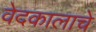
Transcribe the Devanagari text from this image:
वेदकालाचे